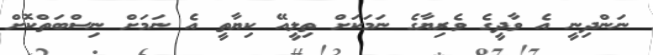
ނަންދިނީ އެ ވާދީގެ ވެރިޔާގެ ނަމަކަށް ތިލީއޭ ކިޔާތީ އެ ނަމަށް ނިސްބަތްކޮށް